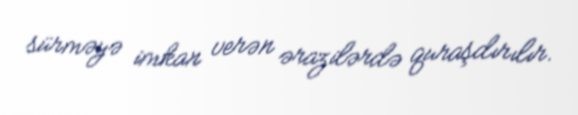
sürməyə imkan verən ərazilərdə quraşdırılır.